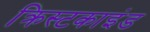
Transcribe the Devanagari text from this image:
क्रिस्टकाइंड